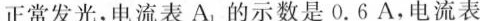
正常发光，电流表A_{1}的示数是0.6A，电流表